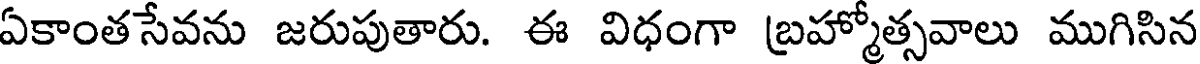
ఏకాంతసేవను జరుపుతారు. ఈ విధంగా బ్రహ్మోత్సవాలు ముగిసిన